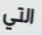
التي